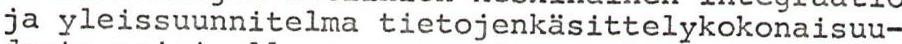
ja yleissuunnitelma tietojenkäsittelykokonaisuu-